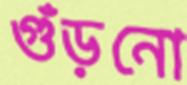
গুঁড়নো